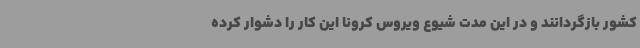
کشور بازگردانند و در این مدت شیوع ویروس کرونا این کار را دشوار کرده